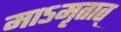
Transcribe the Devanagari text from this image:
माऽमृतात्‌